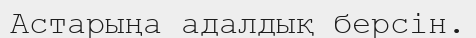
Астарыңа адалдық берсін.